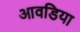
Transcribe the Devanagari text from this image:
आवडिया